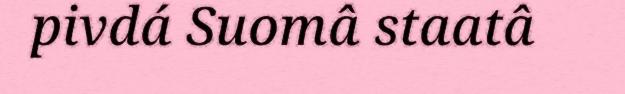
pivdá Suomâ staatâ